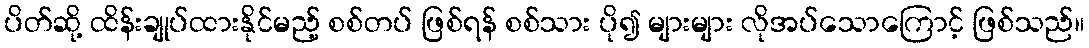
ပိတ်ဆို့ ထိန်းချုပ်ထားနိုင်မည့် စစ်တပ် ဖြစ်ရန် စစ်သား ပို၍ များများ လိုအပ်သောကြောင့် ဖြစ်သည်။